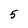
Character: 5